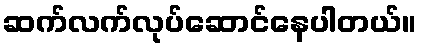
ဆက်လက်လုပ်ဆောင်နေပါတယ်။